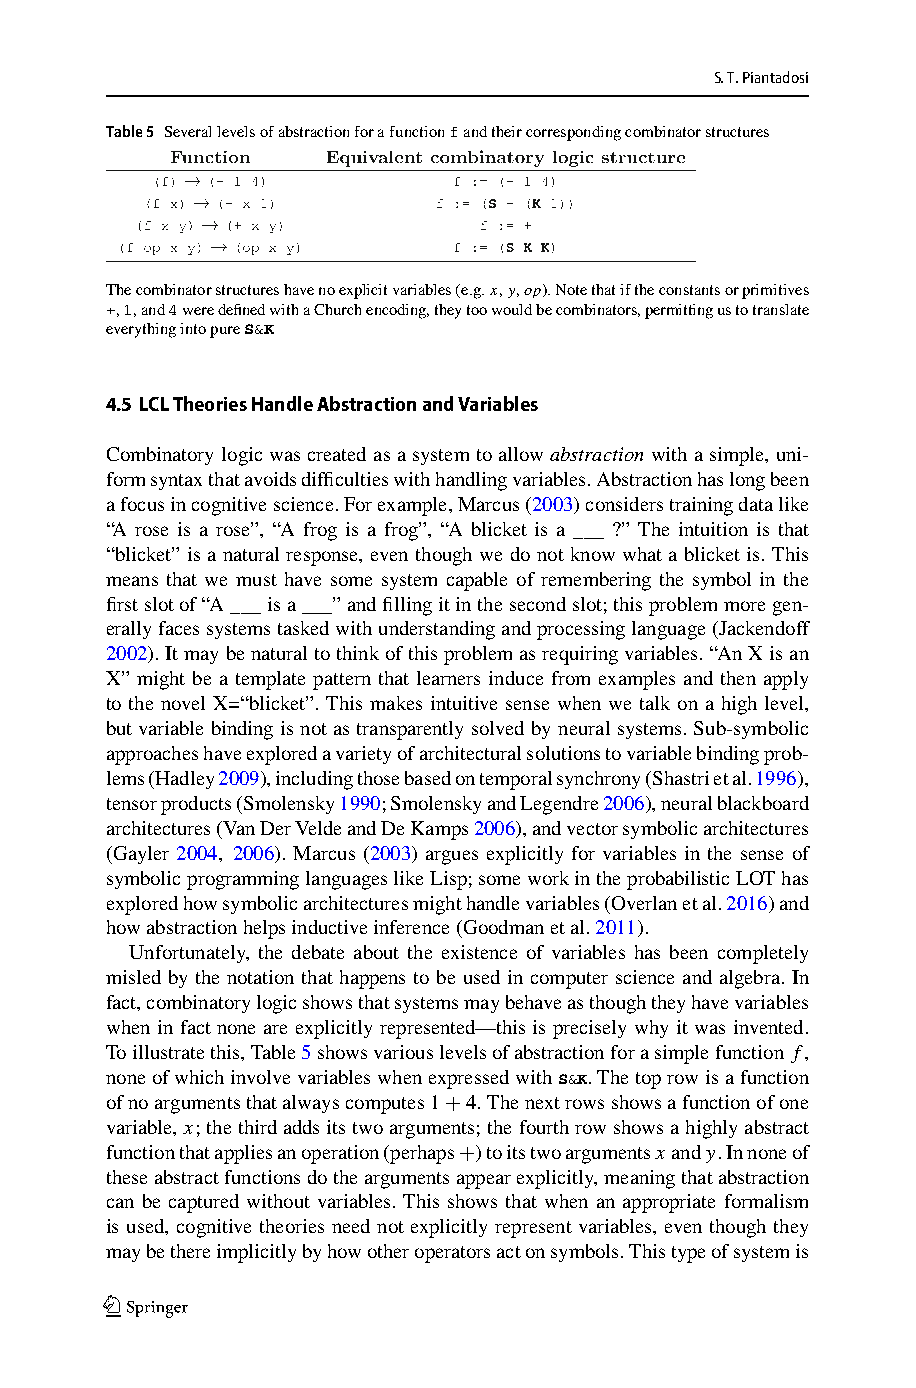
S.T.Piantadosi
 Table5 Severallevelsofabstractionforafunctionfandtheircorrespondingcombinatorstructures
 Thecombinatorstructureshavenoexplicitvariables(e.g.x,y,op).Notethatiftheconstantsorprimitives
 +,1,and4weredefinedwithaChurchencoding,theytoowouldbecombinators,permittingustotranslate
 everythingintopureS&K
 4.5 LCLTheoriesHandleAbstractionandVariables
 Combinatorylogicwascreatedasasystemtoallowabstractionwithasimple,uni-
 formsyntaxthatavoidsdifficultieswithhandlingvariables.Abstractionhaslongbeen
 afocusincognitivescience.Forexample,Marcus(2003)considerstrainingdatalike
 “A rose is a rose”, “A frog is a frog”, “A blicket is a ___ ?” The intuition is that
 “blicket” is a natural response, even though we do not know what a blicket is. This
 means that we must have some system capable of remembering the symbol in the
 firstslotof“A___isa___”andfillingitinthesecondslot;thisproblemmoregen-
 erallyfacessystemstaskedwithunderstandingandprocessinglanguage(Jackendoff
 2002).Itmaybenaturaltothinkofthisproblemasrequiringvariables.“AnXisan
 X” might be a template pattern that learners induce from examples and then apply
 to the novel X=“blicket”. This makes intuitive sense when we talk on a high level,
 butvariablebindingisnotastransparentlysolvedbyneuralsystems.Sub-symbolic
 approacheshaveexploredavarietyofarchitecturalsolutionstovariablebindingprob-
 lems(Hadley2009),includingthosebasedontemporalsynchrony(Shastrietal.1996),
 tensorproducts(Smolensky1990;SmolenskyandLegendre2006),neuralblackboard
 architectures(VanDerVeldeandDeKamps2006),andvectorsymbolicarchitectures
 (Gayler 2004, 2006). Marcus (2003) argues explicitly for variables in the sense of
 symbolicprogramminglanguageslikeLisp;someworkintheprobabilisticLOThas
 exploredhowsymbolicarchitecturesmighthandlevariables(Overlanetal.2016)and
 howabstractionhelpsinductiveinference(Goodmanetal.2011).
 Unfortunately, the debate about the existence of variables has been completely
 misled by the notation that happens to be used in computer science and algebra. In
 fact,combinatorylogicshowsthatsystemsmaybehaveasthoughtheyhavevariables
 when in fact none are explicitly represented—this is precisely why it was invented.
 Toillustratethis,Table5showsvariouslevelsofabstractionforasimplefunction f,
 noneofwhichinvolvevariableswhenexpressedwithS&K.Thetoprowisafunction
 ofnoargumentsthatalwayscomputes1+4.Thenextrowsshowsafunctionofone
 variable, x;thethirdaddsitstwoarguments;thefourthrowshowsahighlyabstract
 functionthatappliesanoperation(perhaps+)toitstwoargumentsxandy.Innoneof
 theseabstractfunctionsdotheargumentsappearexplicitly,meaningthatabstraction
 can be captured without variables. This shows that when an appropriate formalism
 is used, cognitive theories need not explicitly represent variables, even though they
 maybethereimplicitlybyhowotheroperatorsactonsymbols.Thistypeofsystemis
 123